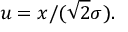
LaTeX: u = x / ( { \sqrt { 2 } } \sigma ) .